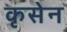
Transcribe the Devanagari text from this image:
कृसेन